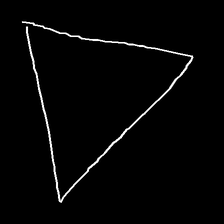
Glyph: convergence